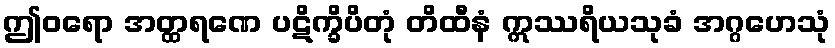
ဤဝရော အတ္ထရဏေ ပဋိက္ခိပိတုံ တိထီနံ ဣဿရိယသုခံ အဂ္ဂဟေသုံ